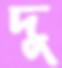
দু